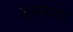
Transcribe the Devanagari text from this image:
सुब्बैय्या